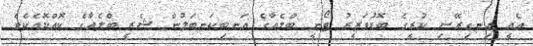
އެއީ އިނގިރޭސި ކުރީގެ ބޮޑުވަޒީރު ޓޯނީ ބްލެއާގެ އަނބިކަނބަލުން ޝެރީ ބްލެއާގެ ކޮއްކޮއެކެވެ.